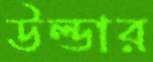
উল্ডার